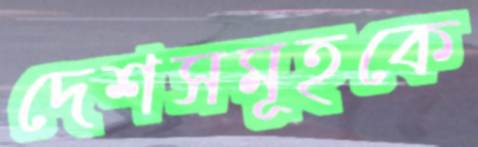
দেশসমূহকে